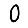
Digit: 0